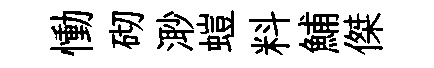
慟砌𣺌螘料鯆傑